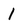
Character: I